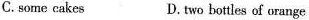
C.some cakes D.two bottles of orange